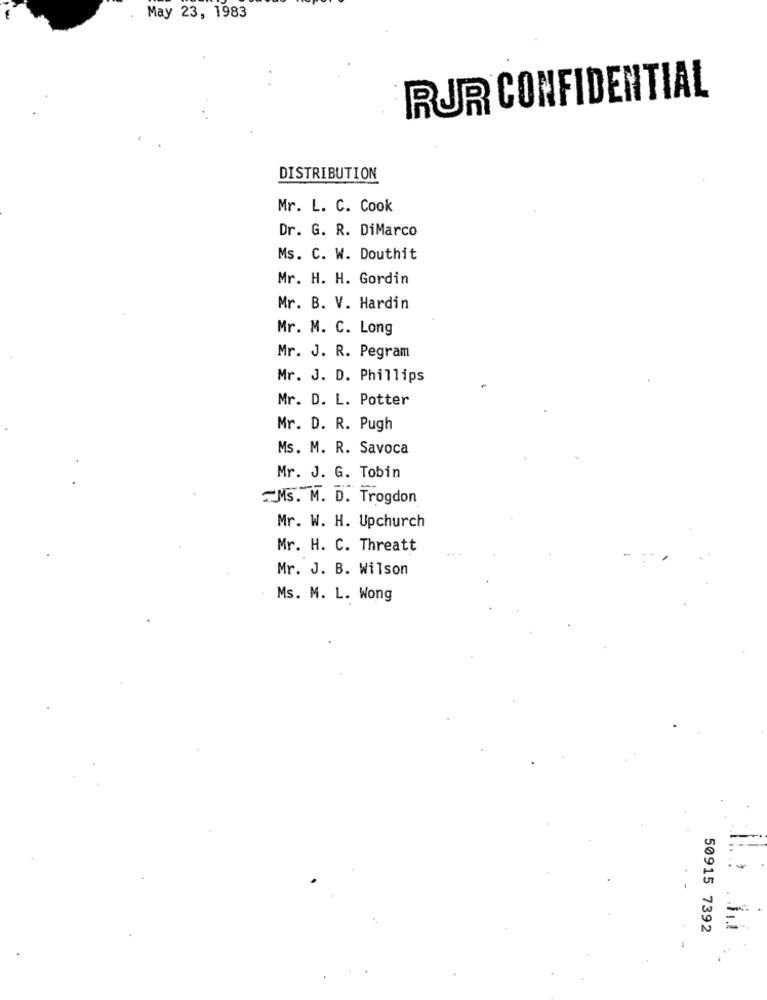
May 23, 1983
RUR CONFIDENTIAL
DISTRIBUTION
Mr. L. C. Cook
Dr. G. R. DiMarco
Ms. C. W. Douthit
Mr. H. H. Gordin
Mr. B. V. Hardin
Mr. M. C. Long
Mr. J. R. Pegram
Mr. J. D. Phillips
Mr. D. L. Potter
Mr. D. R. Pugh
Ms. M. R. Savoca
Mr. J. G. Tobin
Ms. M. D. Trogdon
Mr. W. H. Upchurch
Mr. H. C. Threatt
Mr. J. B. Wilson
Ms. M. L. Wong
50915 7392